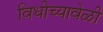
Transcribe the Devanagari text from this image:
विधीच्यावेळी